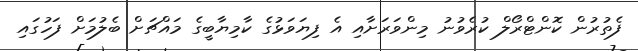
ފެތުރުން ކޮންޓްރޯލް ކުރެވުނު މިންވަރަށާއި އެ ފިޔަވަޅުގެ ކާމިޔާބީގެ މައްޗަށް ބެލުމަށް ފަހުގައި